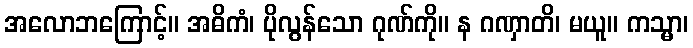
အလောဘကြောင့်။ အဓိကံ၊ ပိုလွန်သော ဂုဏ်ကို။ န ဂဏှာတိ၊ မယူ။ ကသ္မာ၊